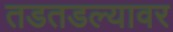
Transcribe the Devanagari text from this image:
तडतडल्यावर